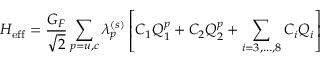
{ \cal H } _ { \mathrm { e f f } } = \frac { G _ { F } } { \sqrt { 2 } } \sum _ { p = u , c } \lambda _ { p } ^ { ( s ) } \left[ C _ { 1 } Q _ { 1 } ^ { p } + C _ { 2 } Q _ { 2 } ^ { p } + \sum _ { i = 3 , \ldots , 8 } C _ { i } Q _ { i } \right]